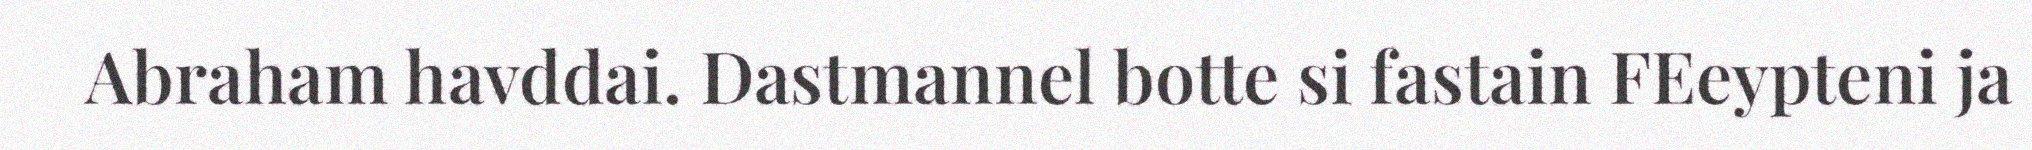
Abraham havddai. Dastmannel botte si fastain FEeypteni ja